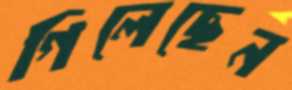
গিলেছেন